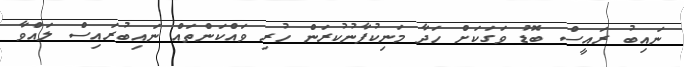
ނައިބު ރައީސް ބޮޑު ވަގަކަށް ހަދާ މަނިކުފާނުކުރަން ހުރި ވައްކަންތައް ނައިބުރައިސް ލައްވާ